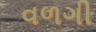
વળગી